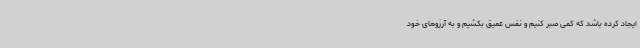
ایجاد کرده باشد که کمی صبر کنیم و نفس عمیق بکشیم و به آرزوهای خود